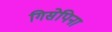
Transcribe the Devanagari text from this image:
गिसेपिना